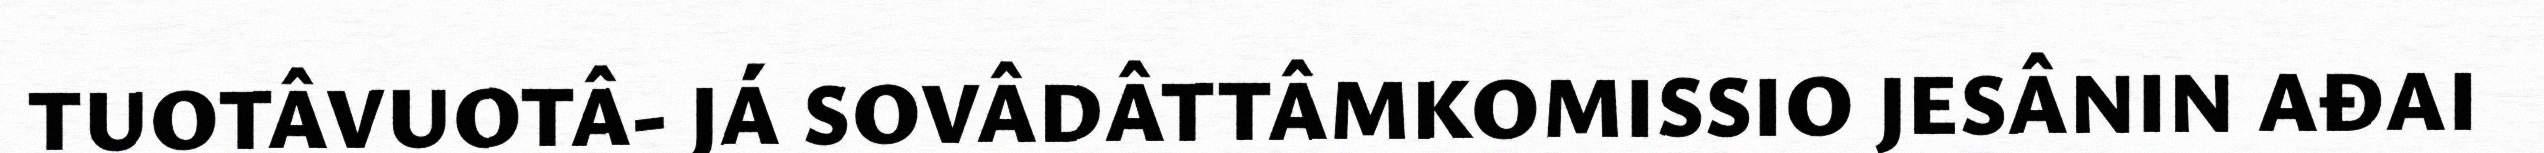
TUOTÂVUOTÂ- JÁ SOVÂDÂTTÂMKOMISSIO JESÂNIN AĐAI